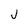
Character: J